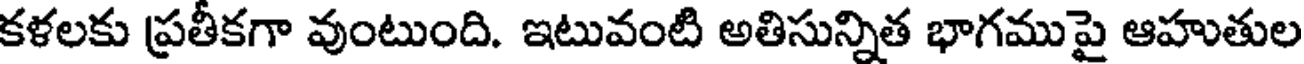
కళలకు ప్రతీకగా వుంటుంది. ఇటువంటి అతిసున్నిత భాగముపై ఆహుతుల